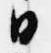
日